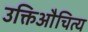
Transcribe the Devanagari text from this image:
उक्तिऔचित्य